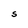
Character: S